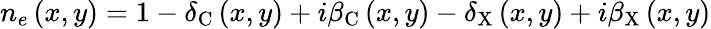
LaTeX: n_{e}\left(x,y\right)=1-\delta_{\mathrm{C}}\left(x,y\right)+i\beta_{\mathrm{C}}\left(x,y\right)-\delta_{\mathrm{X}}\left(x,y\right)+i\beta_{\mathrm{X}}\left(x,y\right)